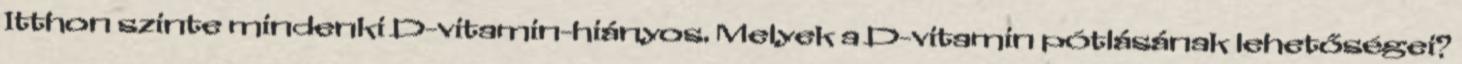
Itthon szinte mindenki D-vitamin-hiányos. Melyek a D-vitamin pótlásának lehetőségei?